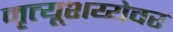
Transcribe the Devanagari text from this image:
मृत्यूशय्येवर